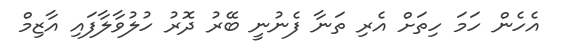
އެހެން ހަމަ ހިތަށް އެރި ތަނާ ފެނުނީ ބޭރު ދޮރު ހުލުވާލާފައި އާޒިމް